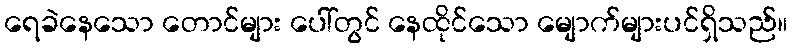
ရေခဲနေသော တောင်များ ပေါ်တွင် နေထိုင်သော မျောက်များပင်ရှိသည်။